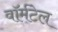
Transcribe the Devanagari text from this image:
वॉर्मटेल